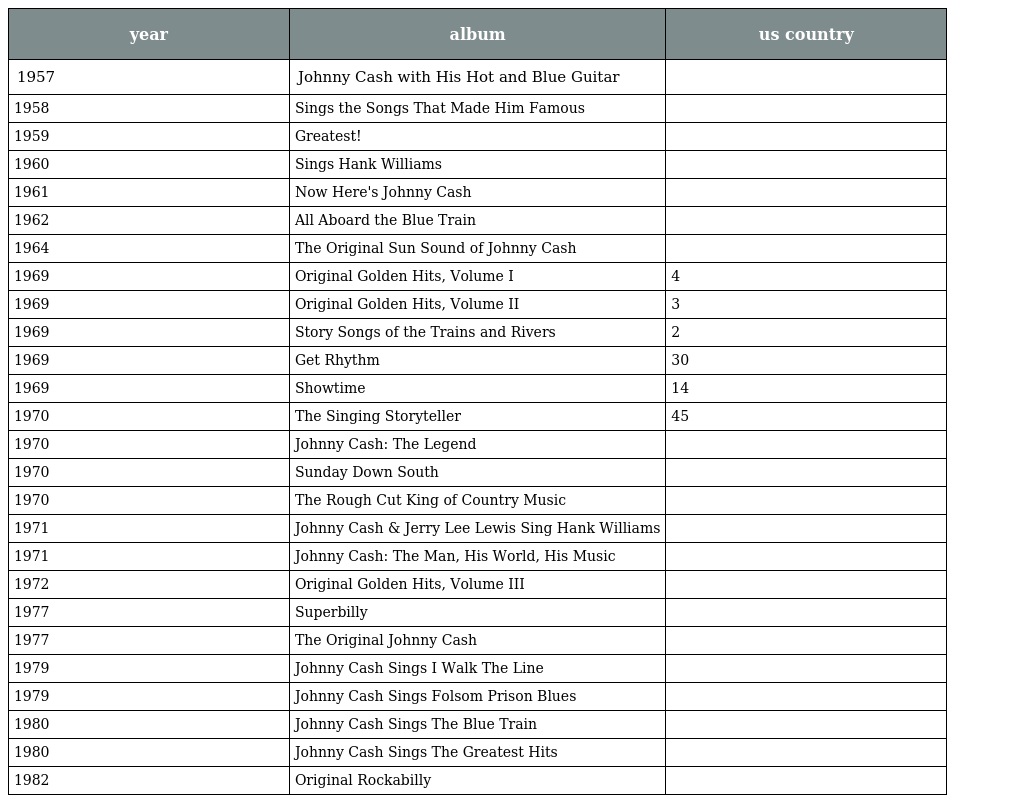
| year | album | us country |
 | --- | --- | --- |
 | 1957 | Johnny Cash with His Hot and Blue Guitar |  |
 | 1958 | Sings the Songs That Made Him Famous |  |
 | 1959 | Greatest! |  |
 | 1960 | Sings Hank Williams |  |
 | 1961 | Now Here's Johnny Cash |  |
 | 1962 | All Aboard the Blue Train |  |
 | 1964 | The Original Sun Sound of Johnny Cash |  |
 | 1969 | Original Golden Hits, Volume I | 4 |
 | 1969 | Original Golden Hits, Volume II | 3 |
 | 1969 | Story Songs of the Trains and Rivers | 2 |
 | 1969 | Get Rhythm | 30 |
 | 1969 | Showtime | 14 |
 | 1970 | The Singing Storyteller | 45 |
 | 1970 | Johnny Cash: The Legend |  |
 | 1970 | Sunday Down South |  |
 | 1970 | The Rough Cut King of Country Music |  |
 | 1971 | Johnny Cash & Jerry Lee Lewis Sing Hank Williams |  |
 | 1971 | Johnny Cash: The Man, His World, His Music |  |
 | 1972 | Original Golden Hits, Volume III |  |
 | 1977 | Superbilly |  |
 | 1977 | The Original Johnny Cash |  |
 | 1979 | Johnny Cash Sings I Walk The Line |  |
 | 1979 | Johnny Cash Sings Folsom Prison Blues |  |
 | 1980 | Johnny Cash Sings The Blue Train |  |
 | 1980 | Johnny Cash Sings The Greatest Hits |  |
 | 1982 | Original Rockabilly |  |